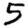
Digit: 5